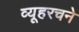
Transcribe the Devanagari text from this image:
व्यूहरचने